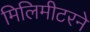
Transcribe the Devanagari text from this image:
मिलिमीटरने